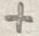
Text: +